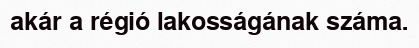
akár a régió lakosságának száma.